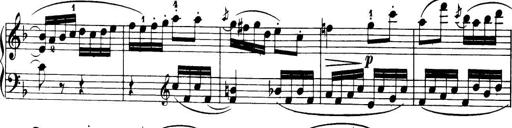
Title: 32 Sonatinas and Rondos for the Piano
Composer: Richard Kleinmichel